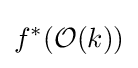
f^{*}({\mathcal {O}}(k))